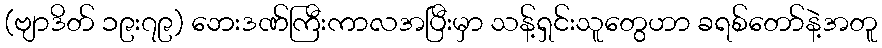
(ဗျာဒိတ် ၁၉း၇၉) ဘေးဒဏ်ကြီးကာလအပြီးမှာ သန့်ရှင်းသူတွေဟာ ခရစ်တော်နဲ့အတူ